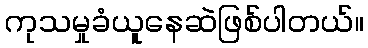
ကုသမှုခံယူနေဆဲဖြစ်ပါတယ်။